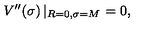
V ^ { \prime \prime } ( \sigma ) \left| _ { R = 0 , \sigma = M } \right. = 0 ,